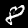
Label: 8